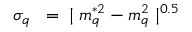
\sigma _ { q } ^ { } \; \; = \; \; \mid m _ { q } ^ { * 2 } - m _ { q } ^ { 2 } \mid ^ { 0 . 5 }